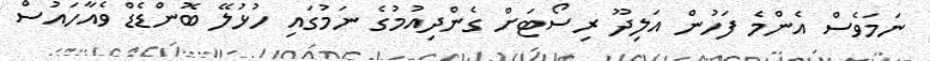
ނަމަވެސް އެންމެ ފަހުން އަލިދޫ ރިސޯޓަށް ގެންދިއުމުގެ ނަމުގައި ހުޅުލޭ ބޮންޑެޑް ވެއާހައުސް